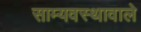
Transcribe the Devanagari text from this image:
साम्यवस्थावाले